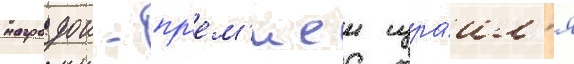
наградои - пр'ем'иеи изра́ил'я